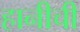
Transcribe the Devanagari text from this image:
हानीची